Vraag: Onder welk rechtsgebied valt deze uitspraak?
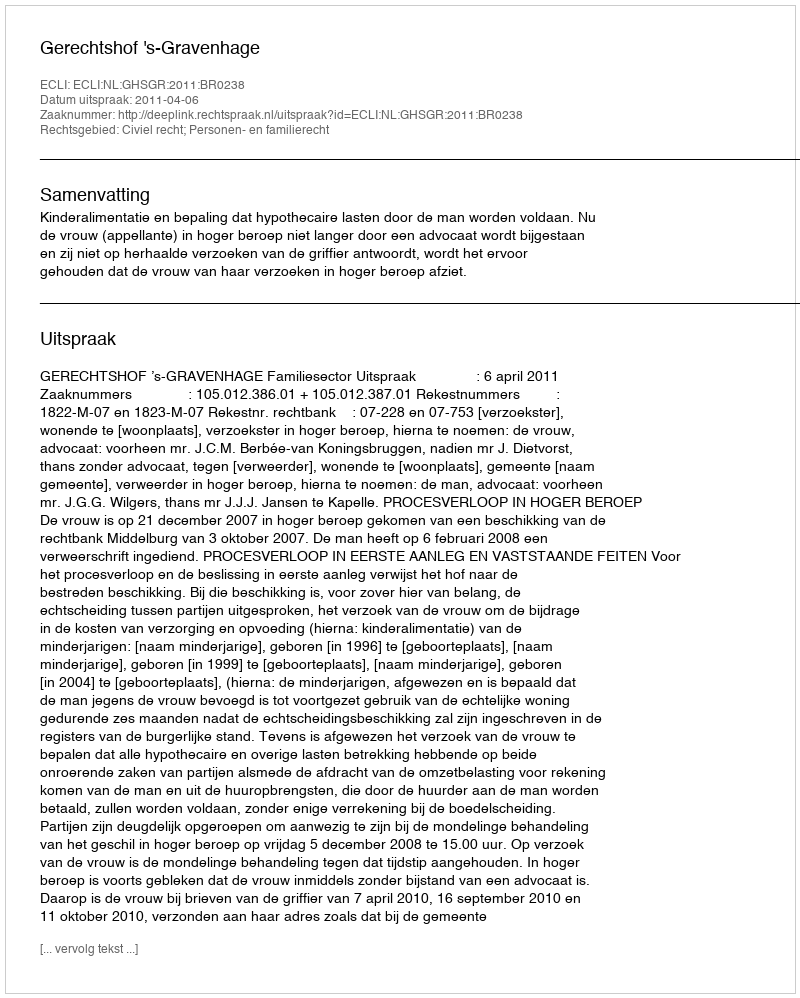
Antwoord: Civiel recht; Personen- en familierecht